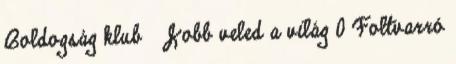
Boldogság klub Jobb veled a világ 0 Foltvarró